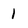
Character: 1